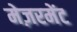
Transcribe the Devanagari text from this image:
मेज़रमेंट